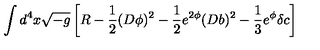
\int d ^ { 4 } x \sqrt { - g } \left[ R - \frac { 1 } { 2 } ( D \phi ) ^ { 2 } - \frac { 1 } { 2 } e ^ { 2 \phi } ( D b ) ^ { 2 } - \frac { 1 } { 3 } e ^ { \phi } \delta c \right]